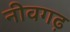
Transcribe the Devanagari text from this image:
नीवगढ़